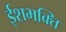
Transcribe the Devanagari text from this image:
ईशभक्ति